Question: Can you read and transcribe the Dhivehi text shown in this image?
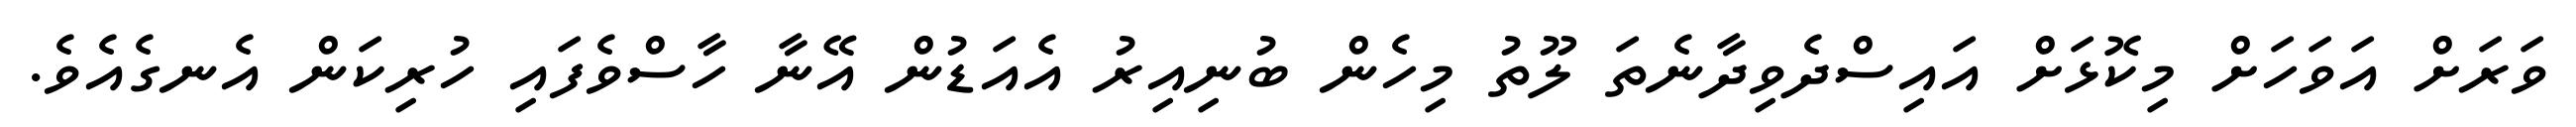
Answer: ވަރަށް އަވަހަށް މިކޮޅަށް އައިސްދެވިދާނެތަ ލޫތު މިހެން ބުނިއިރު އެއަޑުން އޭނާ ހާސްވެފައި ހުރިކަން އެނގެއެވެ.